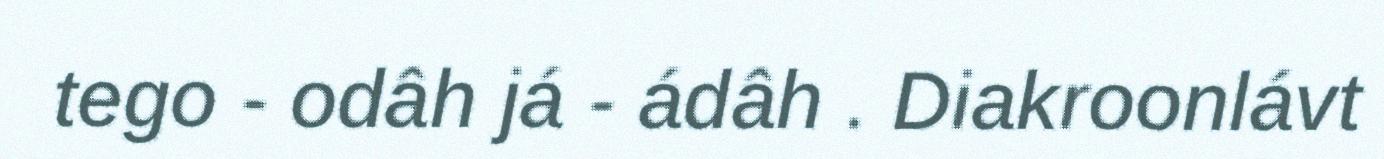
tego - odâh já - ádâh . Diakroonlávt